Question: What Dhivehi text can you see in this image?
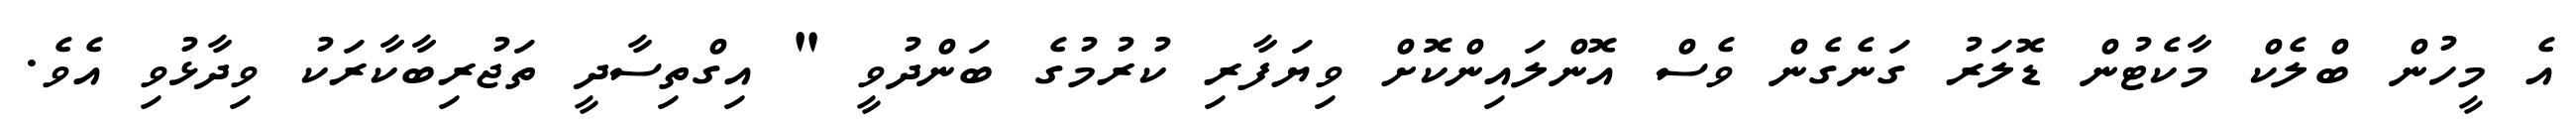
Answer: އެ މީހުން ބްލެކް މާކެޓުން ޑޮލަރު ގަނެގެން ވެސް އޮންލައިންކޮށް ވިޔަފާރި ކުރުމުގެ ބަންދުވީ " އިގްތިސާދީ ތަޖުރިބާކާރަކު ވިދާޅުވި އެވެ.